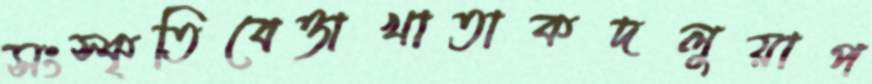
সংস্কৃতিবেত্তাখাতাকদলুয়াপ